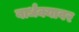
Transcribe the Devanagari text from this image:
वार्धक्यावर